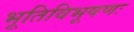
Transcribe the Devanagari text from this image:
भूतिविभूषणः